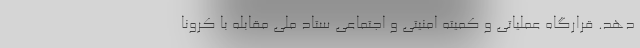
دهد. قرارگاه عملیاتی و کمیته امنیتی و اجتماعی ستاد ملی مقابله با کرونا